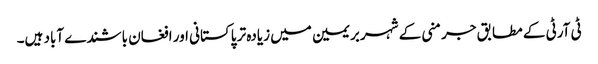
ٹی آرٹی کے مطابق جرمنی کے شہر بریمین میں زیادہ تر پاکستانی اور افغان باشندے آباد ہیں۔